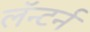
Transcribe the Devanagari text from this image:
लॅन्टर्न